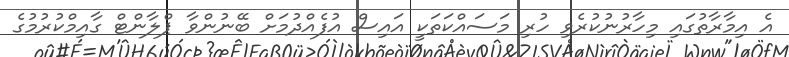
އެ އިމާރާތުގައި މިހާރުނުކުރެވި ހުރި މަސައްކަތަކީ އައިސް އުފެއްދުމަށް ބޭނުންވާ ޕްލާންޓް ގާއިމްކުރުމުގެ